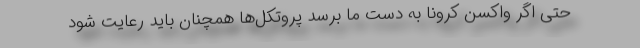
حتی اگر واکسن کرونا به دست ما برسد پروتکل‌ها همچنان باید رعایت شود